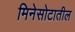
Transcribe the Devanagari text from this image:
मिनेसोटातील